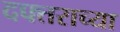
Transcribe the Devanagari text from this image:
दफ्तराच्या